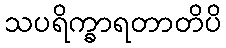
သပရိက္ခာရတာတိပိ